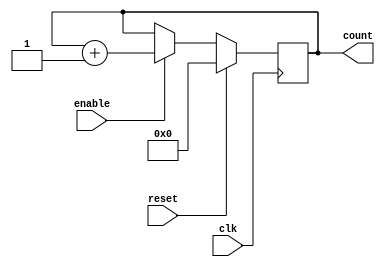
//
// Copyright (c) 2020 QuickLogic Corporation.  All Rights Reserved.
//
// Description :
//    Example of asimple 16 bit up counter in Verilog HDL
//
// Version 1.0 : Initial Creation
//
module counter_16bit (clk, reset, enable, count);
input clk, reset, enable;
output [15:0] count;
reg [15:0] count;                                   

always @ (posedge clk)
if (reset == 1'b1) begin
  count <= 0;
end else if ( enable == 1'b1) begin
  count <= count + 1;
end

endmodule